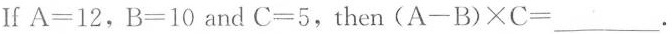
If $$A = 1 2 $$，$$B = 1 0$$and $$C = 5$$，then $$( A - B ) × C =$$___.